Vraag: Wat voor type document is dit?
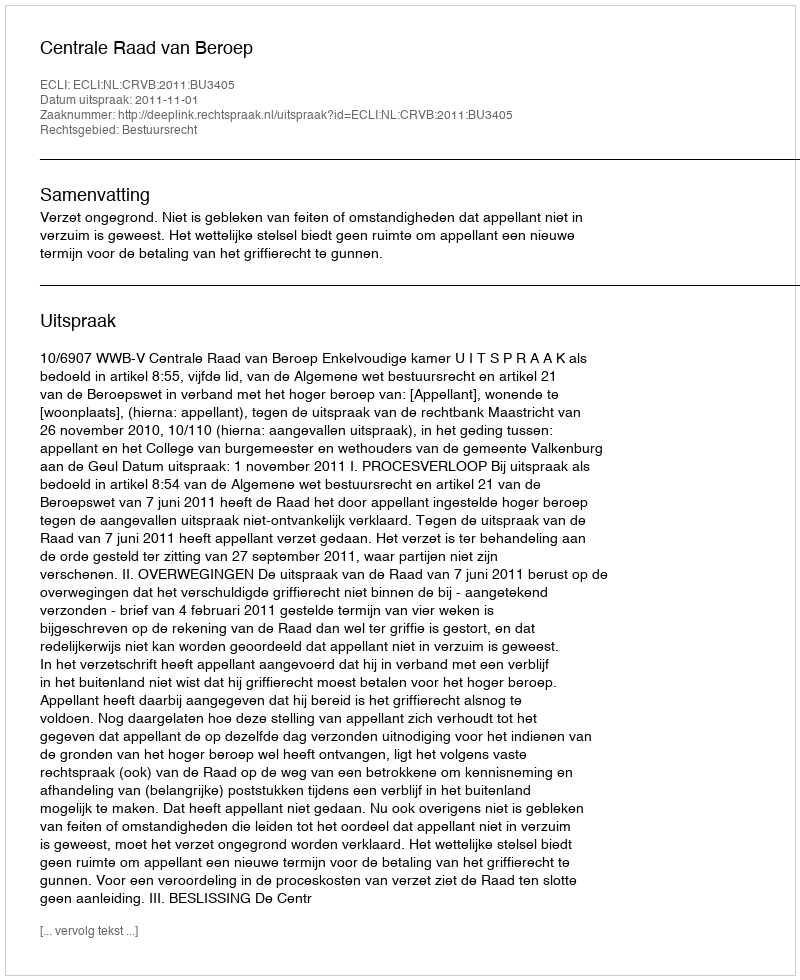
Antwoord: Uitspraak